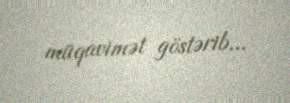
müqavimət göstərib...